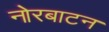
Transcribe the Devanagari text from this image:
नोरबाटन